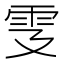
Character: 𩁾